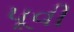
પૂવી